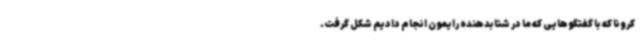
کرونا که با گفتگوهایی که ما در شتابدهنده رایمون انجام دادیم شکل گرفت.